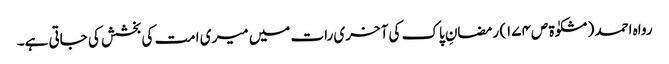
رواہ احمد (مشکوٰۃ ص١٧٤) رمضانِ پاک کی آخری رات میں میری امت کی بخشش کی جاتی ہے۔